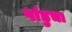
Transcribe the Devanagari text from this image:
पांडुचा